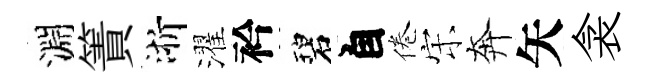
淵簀浙濯衿碧自倦宋奔矢衾